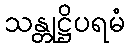
သန္တုဋ္ဌိပရမံ